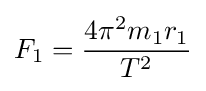
F_{1}={\frac {4\pi ^{2}m_{1}r_{1}}{T^{2}}}